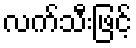
လက်သီးဖြင့်